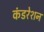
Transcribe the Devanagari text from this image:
कंडरेशन